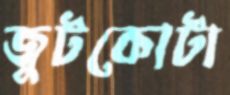
জুটকোটা